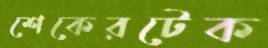
শেকেরটেক